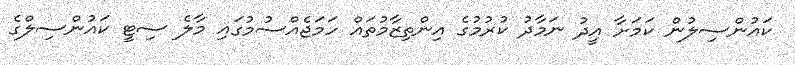
ކައުންސިލުން ކަމަށާ އީދު ނަމާދު ކުރުމުގެ އިންތިޒާމުތައް ހަމަޖެއްސުމުގައި މާލެ ސިޓީ ކައުންސިލްގެ